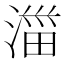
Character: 湽